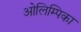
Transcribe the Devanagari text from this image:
ओलिम्पिका